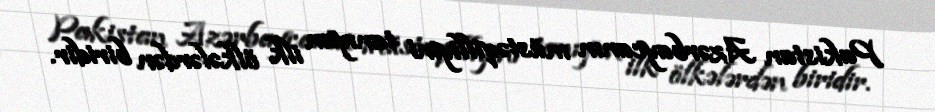
Pakistan Azərbaycanın müstəqilliyini tanıyan ilk ölkələrdən biridir.